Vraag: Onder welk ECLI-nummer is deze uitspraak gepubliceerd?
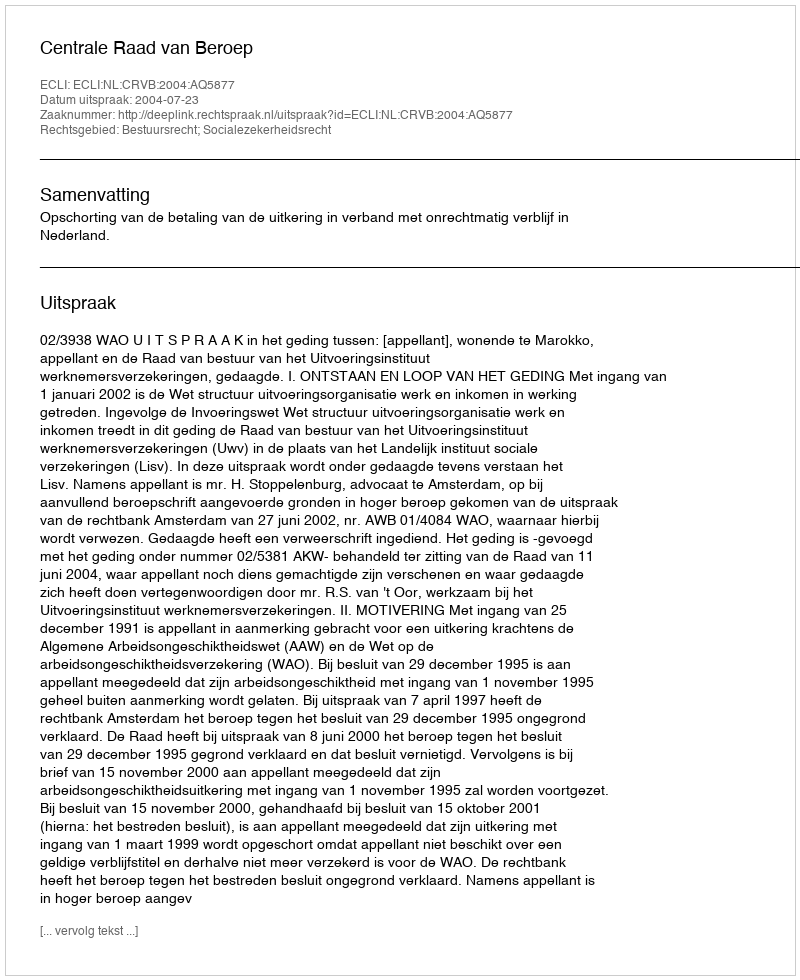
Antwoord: ECLI:NL:CRVB:2004:AQ5877